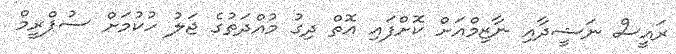
ރައީސް ނަޝީދާއި ނާޒިމްއަށް ކޮށްފައި އޮތް ދިގު މުއްދަތުގެ ޖަލު ހުކުމަށް ސުޕްރީމް